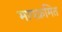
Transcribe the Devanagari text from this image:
मापक्रमित